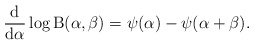
\begin{align*}\frac{\mathrm{d}}{\mathrm{d}\alpha}\log\mathrm{B}(\alpha,\beta)&=\psi(\alpha) - \psi(\alpha+\beta).\end{align*}